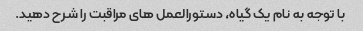
با توجه به نام یک گیاه، دستورالعمل های مراقبت را شرح دهید.